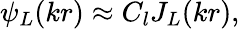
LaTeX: \psi_{L}(kr)\approx C_{l}J_{L}(kr),